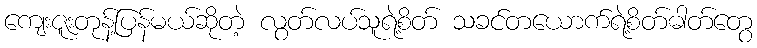
ကျေးဇူးတုန့်ပြန်မယ်ဆိုတဲ့ လွတ်လပ်သူရဲ့စိတ် သခင်တယောက်ရဲ့စိတ်ဓါတ်တွေ